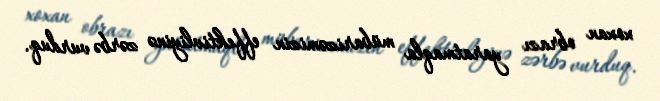
xoxan obrazı yaratmaqla mübarizəmizin effektivliyinə zərbə vurduq.